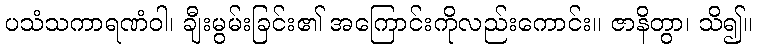
ပသံသကာရဏံဝါ၊ ချီးမွမ်းခြင်း၏ အကြောင်းကိုလည်းကောင်း။ ဇာနိတွာ၊ သိ၍။